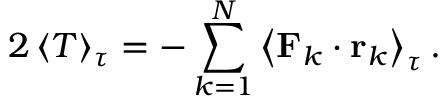
2 \left\langle T \right\rangle _ { \tau } = - \sum _ { k = 1 } ^ { N } \left\langle \mathbf { F } _ { k } \cdot \mathbf { r } _ { k } \right\rangle _ { \tau } .